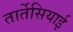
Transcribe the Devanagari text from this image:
तार्तेसियाई